Calcutta medical institutions reports 1892-1900
Year: 1892
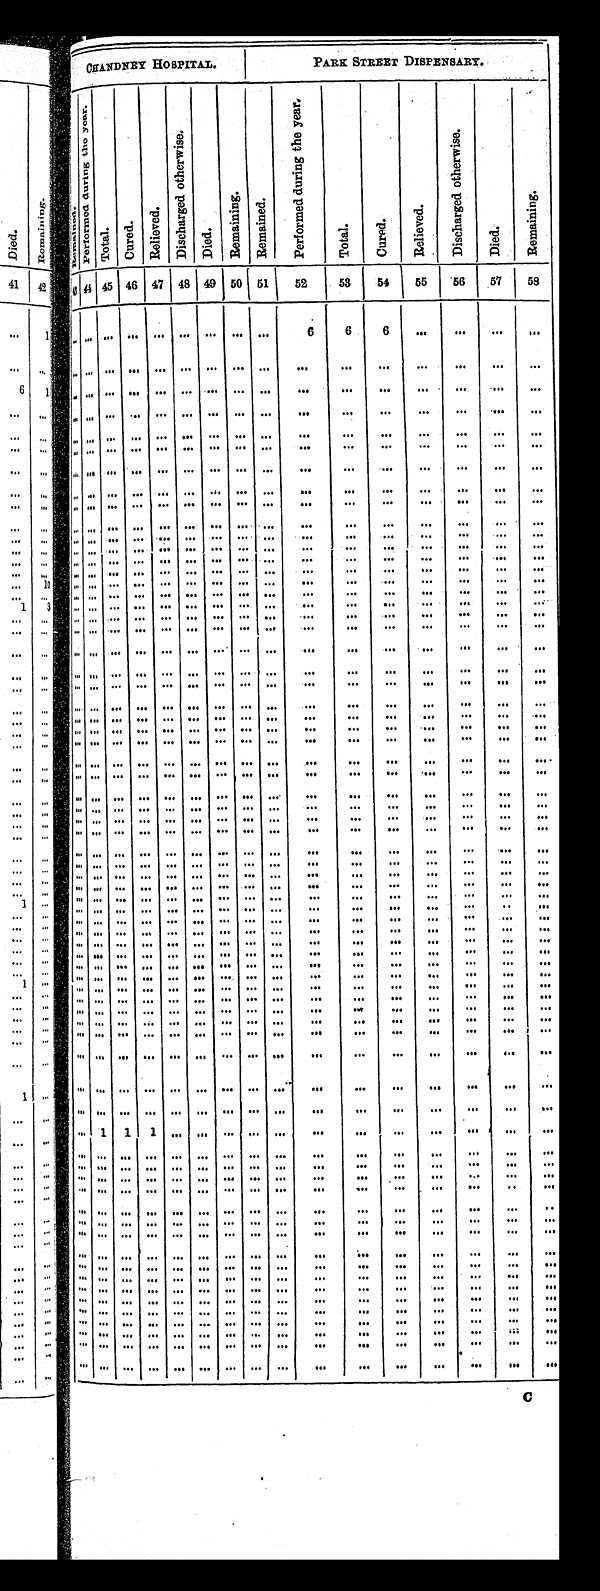
C H A N D N E Y H O S P I T A L .
PARK STREET DISPENSARY.
R e m i n e d .
e r f o r m e d d u r i n g t h e y e a r .
T o t a l .
C u r e d .
R e l i e v e d .
D i s c h a r g e d o t h e r w i s e .
D i e d .
R e m a i n i n g .
R e m a i n e d .
P e r f o r m e d d u r i n g t h e y e a r .
T o t a l .
C u r e d .
R e l i e v e d .
D i s c h a r g e d o t h e r w i s e .
D i e d .
R e m a i n i n g .
4 3 44 4 5
4 6
4 7 48
4 9 50 51
52
53
5 4
5 5
5 6
5 7
58
. . . . . . . . .
. . .
. . .
. . .
. . .
. . .
. . .
6
6
6
. . .
. . .
. . .
. . .
. . .. . . . . . . . . . . . . . . . . . . . . . . . . . .
. . .
. . .
. . .
. . .
. . .
. . .
. . . . . . . . .
. . .
. . .
. . .
. . .
. . .
. . .
. . . . . .
. . .
. . .
. . .
. . .
. . .
. . . . . . . . .
. . .
. . .
. . .
. . .
. . .
. . .
. . . . . .
. . .
. . .
. . .
. . .
. . .
. . . . . .. . . . . . . . . . . . . . . . . . . . . . . .
. . .
. . .
. . .
. . .
. . .
. . .
. . . . . . . . . . . .
. . .
. . .
. . .
. . .
. . .
. . .
. . .
. . .
. . .
. . .
. . .
. . .
. . . . . . . . .
. . .
. . .
. . .
. . .
. . .
. . .
. . .
. . .
. . .
. . .
. . .
. . .
. . .
. . .. . .. . . . . . . . . . . . . . . . . . . . . . . . .
. . .
. . .
. . .
. . .
. . .
. . .
. . . . . . . . .
. . .
. . .
. . .
. . .
. . .
. . .
. . . . . .
. . .
. . .
. . .
. . .
. . .
. . .. . . . . . . . . . . . . . . . . . . . . . . . . . .
. . .
. . .
. . .
. .
. . .
. . .
. . .. . . . . . . . . . . . . . . . . . . . . . . . . . .
. . .
. . .
. . .
. . .
. . .
. . .
. . .. . . . . . . . . . . . . . . . . . . . . . . .
. . . . . .
. . .
. . .
. . .
. . .
. . .
. . .. . . . . . . . . . . . . . . . . . . . . . . .
. . . . . .
. . .
. . .
. . .
. . .
. . .
. . .. . . . . . . . . . . . . . . . . . . . . . . .
. . . . . .
. . .
. . .
. . .
. . .
. . .
. . .. . . . . . . . . . . . . . . . . . . . . . . . . . .
. . .
. . .
. . .
. . .
. . .
. . .
. . .. . . . . . . . . . . . . . . . . . . . . . . . . . .
. . .
. . .
. . .
. . .
. . .
. . .
. . .. . . . . . . . . . . . . . . . . . . . . . . . . . .
. . .
. . .
. . .
. . .
. . .
. . .
. . .. . . . . . . . . . . . . . . . . . . . . . . . . . .
. . .
. . .
. . .
. . .
. . .
. . .
. . .. . . . . . . . . . . . . . . . . . . . . . . . . . .
. . .
. . .
. . .
. . .
. . .
. . .
. . .. . . . . . . . . . . . . . . . . . . . . . . . . . .
. . .
. . .
. . .
. . .
. . .
. . .
. . .. . . . . . . . . . . . . . . . . . . . . . . . . . .
. . .
. . .
. . .
. . .
. . .
. . .
. . .. . . . . . . . . . . . . . . . . . . . . . . . . . .
. . .
. . .
. . .
. . .
. . .
. . .
. . .. . . . . . . . . . . . . . . . . . . . . . . . . . .
. . .
. . .
. . .
. . .
. . .
. . .
. . . . . . . . .
. . .
. . .
. . .
. . .
. . .
. . .
. . . . . .
. . .
. . .
. . .
. . .
. . .
. . .. . . . . . . . . . . . . . . . . . . . . . . . . . .
. . .
. . .
. . .
. . .
. . .
. . .
. . .. . . . . . . . . . . . . . . . . . . . . . . . . . .
. . .
. . .
. . .
. . .
. . .
. . .
. . .. . . . . . . . . . . . . . . . . . . . . . . . . . .
. . .
. . .
. . .
. . .
. . .
. . .
. . .. . . . . . . . . . . . . . . . . . . . . . . . . . .
. . .
. . .
. . .
. . .
. . .
. . .
. . . . . . . . .
. . .
. . .
. . .
. . .
. . .
. . .
. . .
. . .
. . .
. . .
. . .
. . .
. . .
. . . . . . . . . . . . . . . . . . . . . . . . . . . . . .
. . .
. . .
. . .
. . .
. . .
. . .
. . . . . . . . . . . . . . . . . . . . . . . . . . . . . .
. . .
. . .
. . .
. . .
. . .
. . .
. . . . . . . . . . . . . . . . . . . . . . . . . . .
. . . . . .
. . .
. . .
. . .
. . .
. . .
. . . . . . . . . . . . . . . . . . . . . . . . . . . . . .
. . .
. . .
. . .
. . .
. . .
. . .
. . . . . . . . . . . . . . . . . . . . . . . . . . . . . .
. . .
. . .
. . .
. . .
. . .
. . .
. . . . . .. . . . . . . . . . . . . . . . . . . . . . . . . . . .
. . .
. . .
. . .
. . .
. . .
. . .
. . . . . . . . . . . . . . . . . . . . . . . . . . . . . .
. . .
. . .
. . .
. . .
. . .
. . .
. . . . . . . . . . . . . . . . . . . . . . . . . . . . . .
. . .
. . .
. . .
. . .
. . .
. . .
. . . . . . . . . . . . . . . . . . . . . . . . . . . . . .
. . .
. . .
. . .
. . .
. . .
. . .
. . . . . . . . . . . . . . . . . . . . . . . . . . . . . .
. . .
. . .
. . .
. . .
. . .
. . .
. . . . . . . . . . . . . . . . . . . . . . . . . . . . . .
. . .
. . .
. . .
. . .
. . .
. . .
. . . . . . . . . . . . . . . . . . . . . . . . . . . . . .
. . .
. . .
. . .
. . .
. . .
. . .
. . . . . . . . . . . . . . . . . . . . . . . . . . . . . .
. . .
. . .
. . .
. . .
. . .
. . .
. . . . . . . . . . . .
. . . . . . . . . . . .
. . .
. . . . . .
. . .
. . .
. . .
. . .
. . .
. . . . . . . . . . . . . . . . . . . . . . . . . . . . . .
. . .
. . .
. . .
. . .
. . .
. . .
. . . . . . . . . . . . . . . . . . . . . . . . . . . . . .
. . .
. . .
. . .
. . .
. . .
. . .
. . . . . . . . . . . . . . . . . . . . . . . . . . . . . .
. . .
. . .
. . .
. . .
. . .
. . .
. . . . . . . . . . . . . . . . . . . . . . . . . . . . . .
. . . . . .
. . .
. . .
. . .
. . .
. . . . . . . . . . . . . . . . . . . . . . . . . . . . . .
. . .
. . .
. . .
. . .
. . .
. . .
. . . . . . . . . . . . . . . . . . . . . . . . . . . . . .
. . .
. . .
. . .
. . .
. . .
. . .
. . . . . . . . .
. . .
. . . . . .
. . .
. . .
. . .
. . .
. . .
. . .
. . .
. . .
. . .
. . .
. . . . . . . . . . . . . . . . . . . . . . . . . . . . . .
. . .
. . .
. . .
. . .
. . .
. . .
. . . . . . . . .
. . .
. . .
. . .
. . .
. . .
. . .
. . .
. . .
. . .
. . .
. . .
. . .
. . .
. . . 1
1
1 . . . . . .
. . .
. . .
. . .
. . .
. . .
. . .
. . .
. . .
. . .
. . .
. . . . . . . . .
. . .
. . .
. . .
. . .
. . .
. . .
. . .
. . .
. . .
. . .
. . .
. . .
. . .
. . . . . . . . . . . . . . . . . . . . . . . . . . . . . .
. . .
. . .
. . .
. . .
. . .
. . .
. . . . . . . . . . . . . . . . . . . . . . . . . . . . . .
. . .
. . .
. . .
. . .
. . .
. . .
. . . . . . . . . . . . . . . . . . . . . . . . . . . . . .
. . .
. . .
. . .
. . .
. . .
. . .
. . . . . .
. . .
. . . . . .
. . .
. . .
. . .
. . .
. . . . . .
. . .
. . .
. . .
. . .
. . .
. . . . . . . . . . . . . . . . . . . . . . . . . . . . . .
. . .
. . .
. . .
. . .
. . .
. . .
. . . . . . . . . . . . . . . . . . . . . . . . . . . . . .
. . .
. . .
. . .
. . .
. . .
. . .
. . . . . . . . . . . . . . . . . . . . . . . . . . .
. . .
. . .
. . .
. . .
. . .
. . .
. . .
. . . . . . . . . . . . . . . . . . . . . . . . . . . . . .
. . .
. . .
. . .
. . .
. . .
. . .
. . . . . . . . . . . . . . . . . . . . . . . . . . . . . .
. . .
. . .
. . .
. . .
. . .
. . .
. . . . . .
. . .
. . . . . .
. . .
. . .
. . .
. . .
. . .
. . .
. . .
. . .
. . .
. . .
. . .
. . . . . . . . . . . . . . . . . . . . . . . . . . . . . .
. . .
. . .
. . .
. . .
. . .
. . .
. . . . . . . . . . . . . . . . . . . . . . . . . . . . . .
. . .
. . .
. . .
. . .
. . .
. . .
. . . . . . . . . . . . . . . . . . . . . . . . . . . . . .
. . .
. . .
. . .
. . .
. . .
. . .
. . . . . . . . . . . . . . . . . . . . . . . . . . . . . .
. . .
. . .
. . .
. . .
. . .
. . .
. . . . . . . . . . . . . . . . . . . . . . . . . . . . . .
. . .
. . .
. . .
. . .
. . .
. . .
. . . . . . . . . . . . . . . . . . . . . . . . . . . . . .
. . .
. . .
. . .
. . .
. . .
. . .